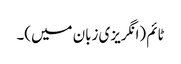
ٹائم (انگریزی زبان میں)۔